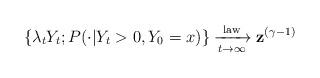
LaTeX: \begin{align*} \{ \lambda_t Y_t ; P(\cdot | Y_t > 0, Y_0 = x)\} \xrightarrow[t\to \infty]{\operatorname{law}} \mathbf z^{(\gamma - 1)}\end{align*}